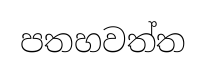
පතහවත්ත